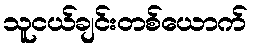
သူငယ်ချင်းတစ်ယောက်